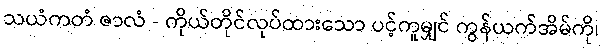
သယံကတံ ဇာလံ - ကိုယ်တိုင်လုပ်ထားသော ပင့်ကူမျှင် ကွန်ယက်အိမ်ကို၊